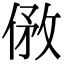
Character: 𠊮